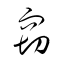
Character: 窃